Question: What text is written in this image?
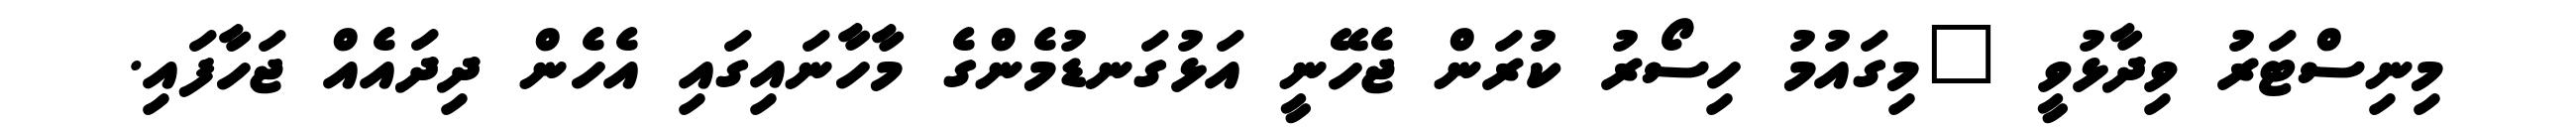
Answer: މިނިސްޓަރު ވިދާޅުވީ "މިގައުމު ހިސޯރު ކުރަން ޖެހޭނީ އަޅުގަނޑުމެންގެ މާހާނައިގައި އެހެން ދިދައެއް ޖަހާފައި.